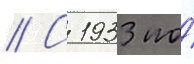
// С 1933 по́